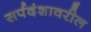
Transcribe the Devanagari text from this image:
सर्पदंशावरील